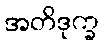
အတိဒုက္ခ